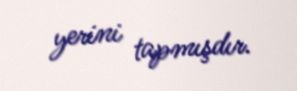
yerini tapmışdır.